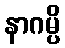
နာဂမ္ပိ